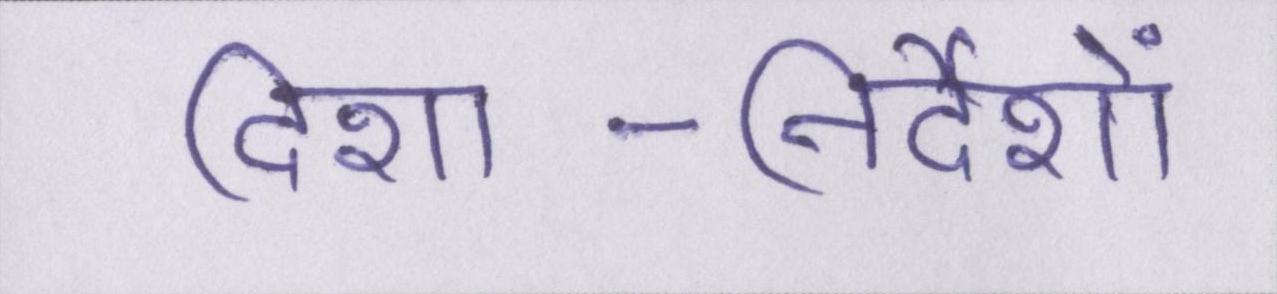
दिशा-निर्देशों